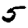
Digit: 5